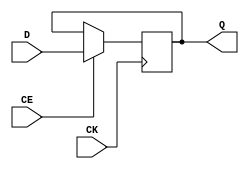
module libhdl_dffeN
#(  parameter N = 1)
(   input  wire         CK,
    input  wire         CE,
    input  wire [N-1:0] D,
    output reg  [N-1:0] Q);

always @ (posedge CK)
    if (CE == 1'b1)
        Q <= D;

endmodule